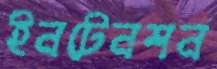
ইনটেনশন